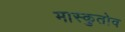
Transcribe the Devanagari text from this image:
मास्कुतोव